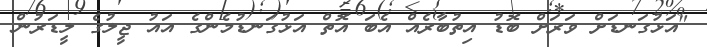
"އަޅުގަނޑަށް ވަރަށް ބޮޑު އިތުބާރެއް އެބަ އޮތް އަޅުގަނޑުމެންގެ އައު ޖީލުގެ ލީޑަރުން